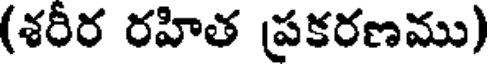
(శరీర రహిత ప్రకరణము)